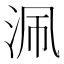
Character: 𣳽